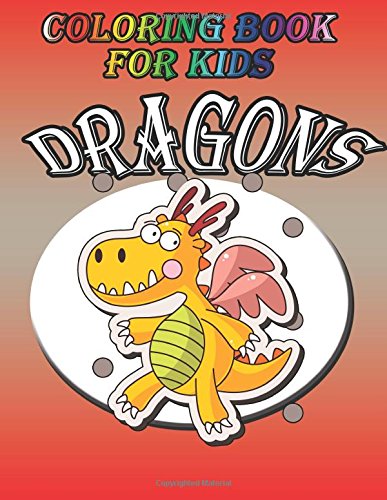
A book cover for Coloring Book For Kids: Dragons; Speedy Publishing; Children's Books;